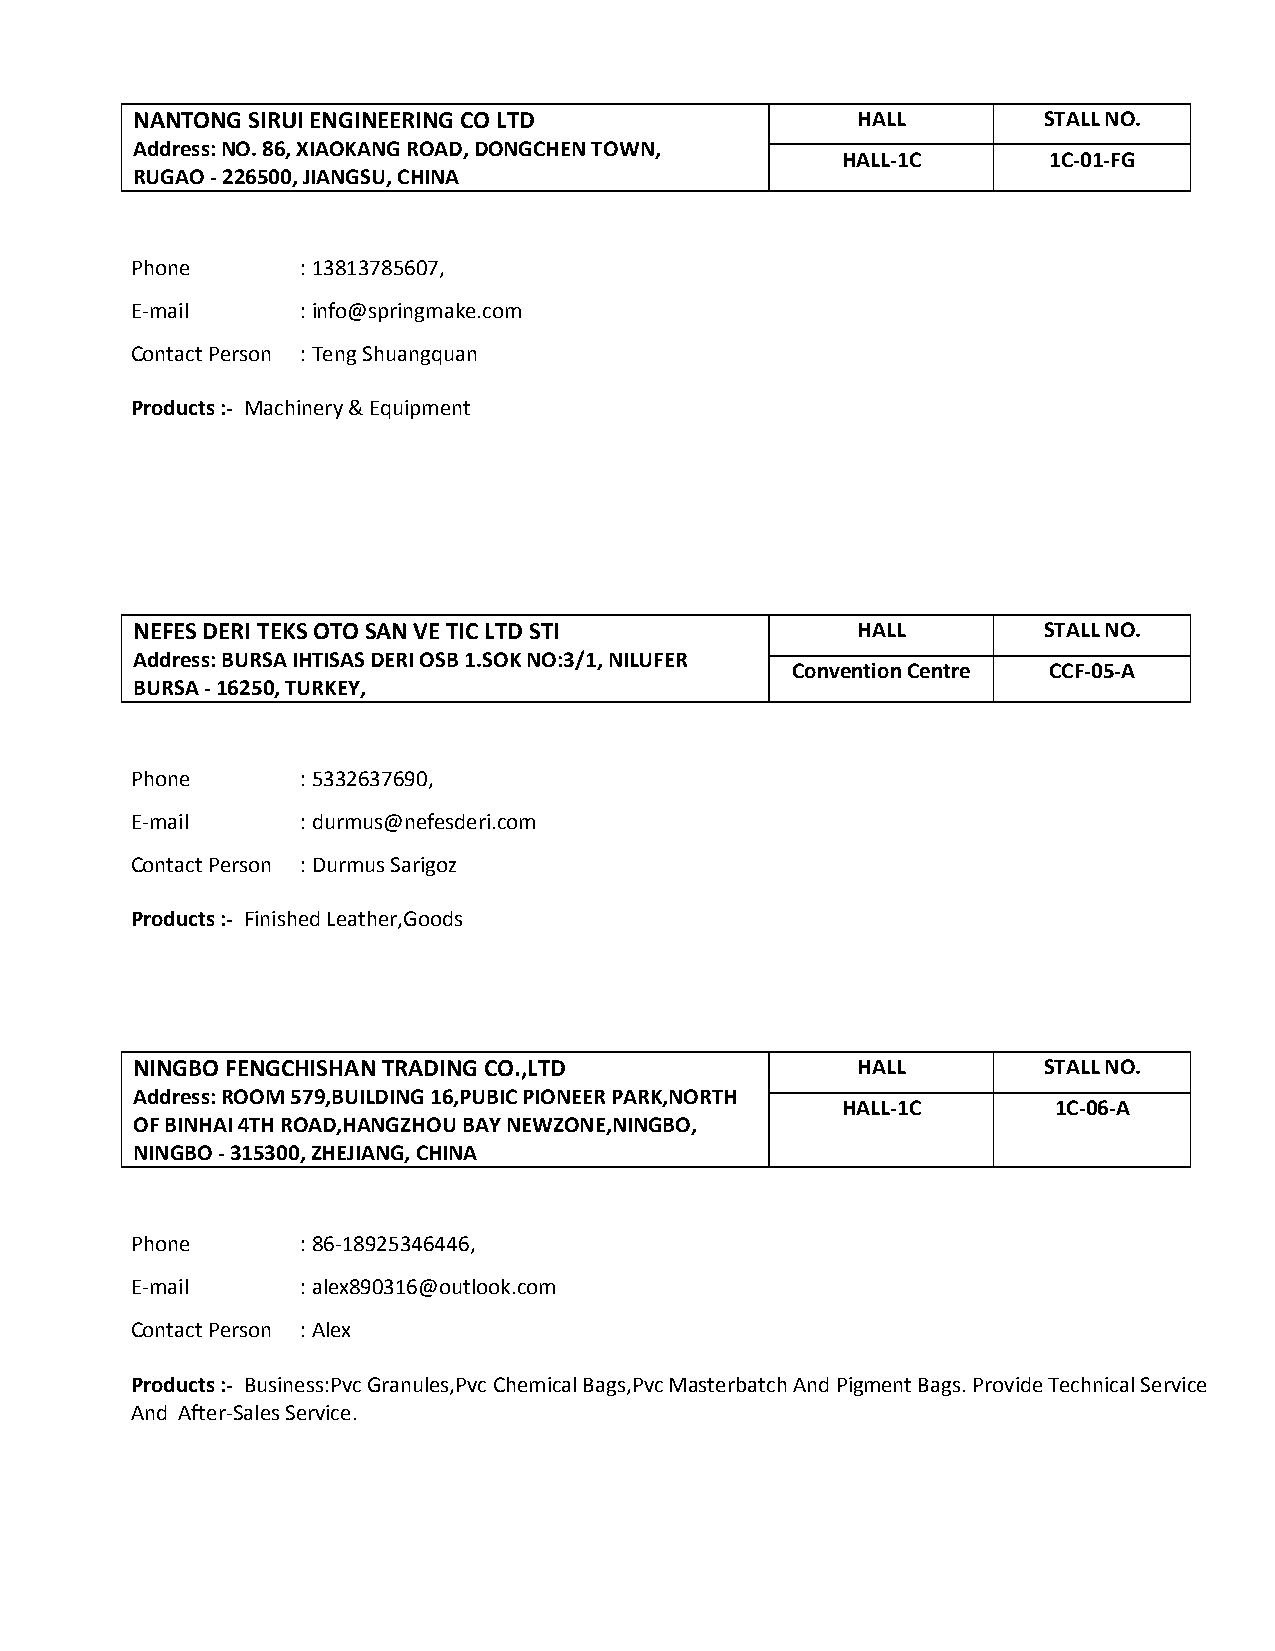
NANTONG SIRUI ENGINEERING CO LTD                HALL        STALL NO.
 Address: NO. 86, XIAOKANG ROAD, DONGCHEN TOWN,
 HALL-1C      1C-01-FG
 RUGAO - 226500, JIANGSU, CHINA
 Phone      : 13813785607,
 E-mail     : info@springmake.com
 Contact Person : Teng Shuangquan
 Products :- Machinery & Equipment
 NEFES DERI TEKS OTO SAN VE TIC LTD STI          HALL        STALL NO.
 Address: BURSA IHTISAS DERI OSB 1.SOK NO:3/1, NILUFER
 Convention Centre CCF-05-A
 BURSA - 16250, TURKEY,
 Phone      : 5332637690,
 E-mail     : durmus@nefesderi.com
 Contact Person : Durmus Sarigoz
 Products :- Finished Leather,Goods
 NINGBO FENGCHISHAN TRADING CO.,LTD              HALL        STALL NO.
 Address: ROOM 579,BUILDING 16,PUBIC PIONEER PARK,NORTH
 HALL-1C       1C-06-A
 OF BINHAI 4TH ROAD,HANGZHOU BAY NEWZONE,NINGBO,
 NINGBO - 315300, ZHEJIANG, CHINA
 Phone      : 86-18925346446,
 E-mail     : alex890316@outlook.com
 Contact Person : Alex
 Products :- Business:Pvc Granules,Pvc Chemical Bags,Pvc Masterbatch And Pigment Bags. Provide Technical Service
 And After-Sales Service.